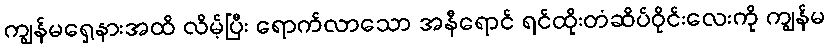
ကျွန်မရှေ့နားအထိ လိမ့်ပြီး ရောက်လာသော အနီရောင် ရင်ထိုးတံဆိပ်ဝိုင်းလေးကို ကျွန်မ